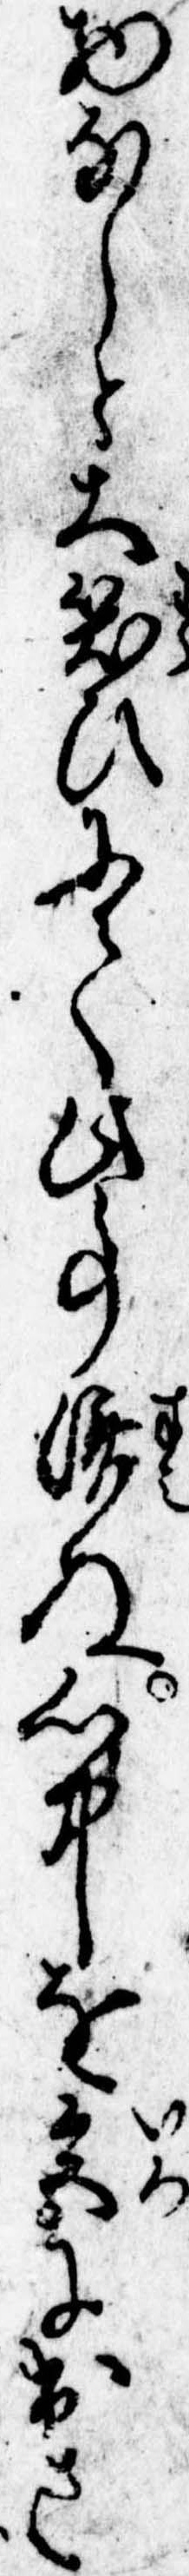
物なしと大笑ひにて此事済ぬ心中を色に出さ